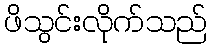
ဖိသွင်းလိုက်သည်